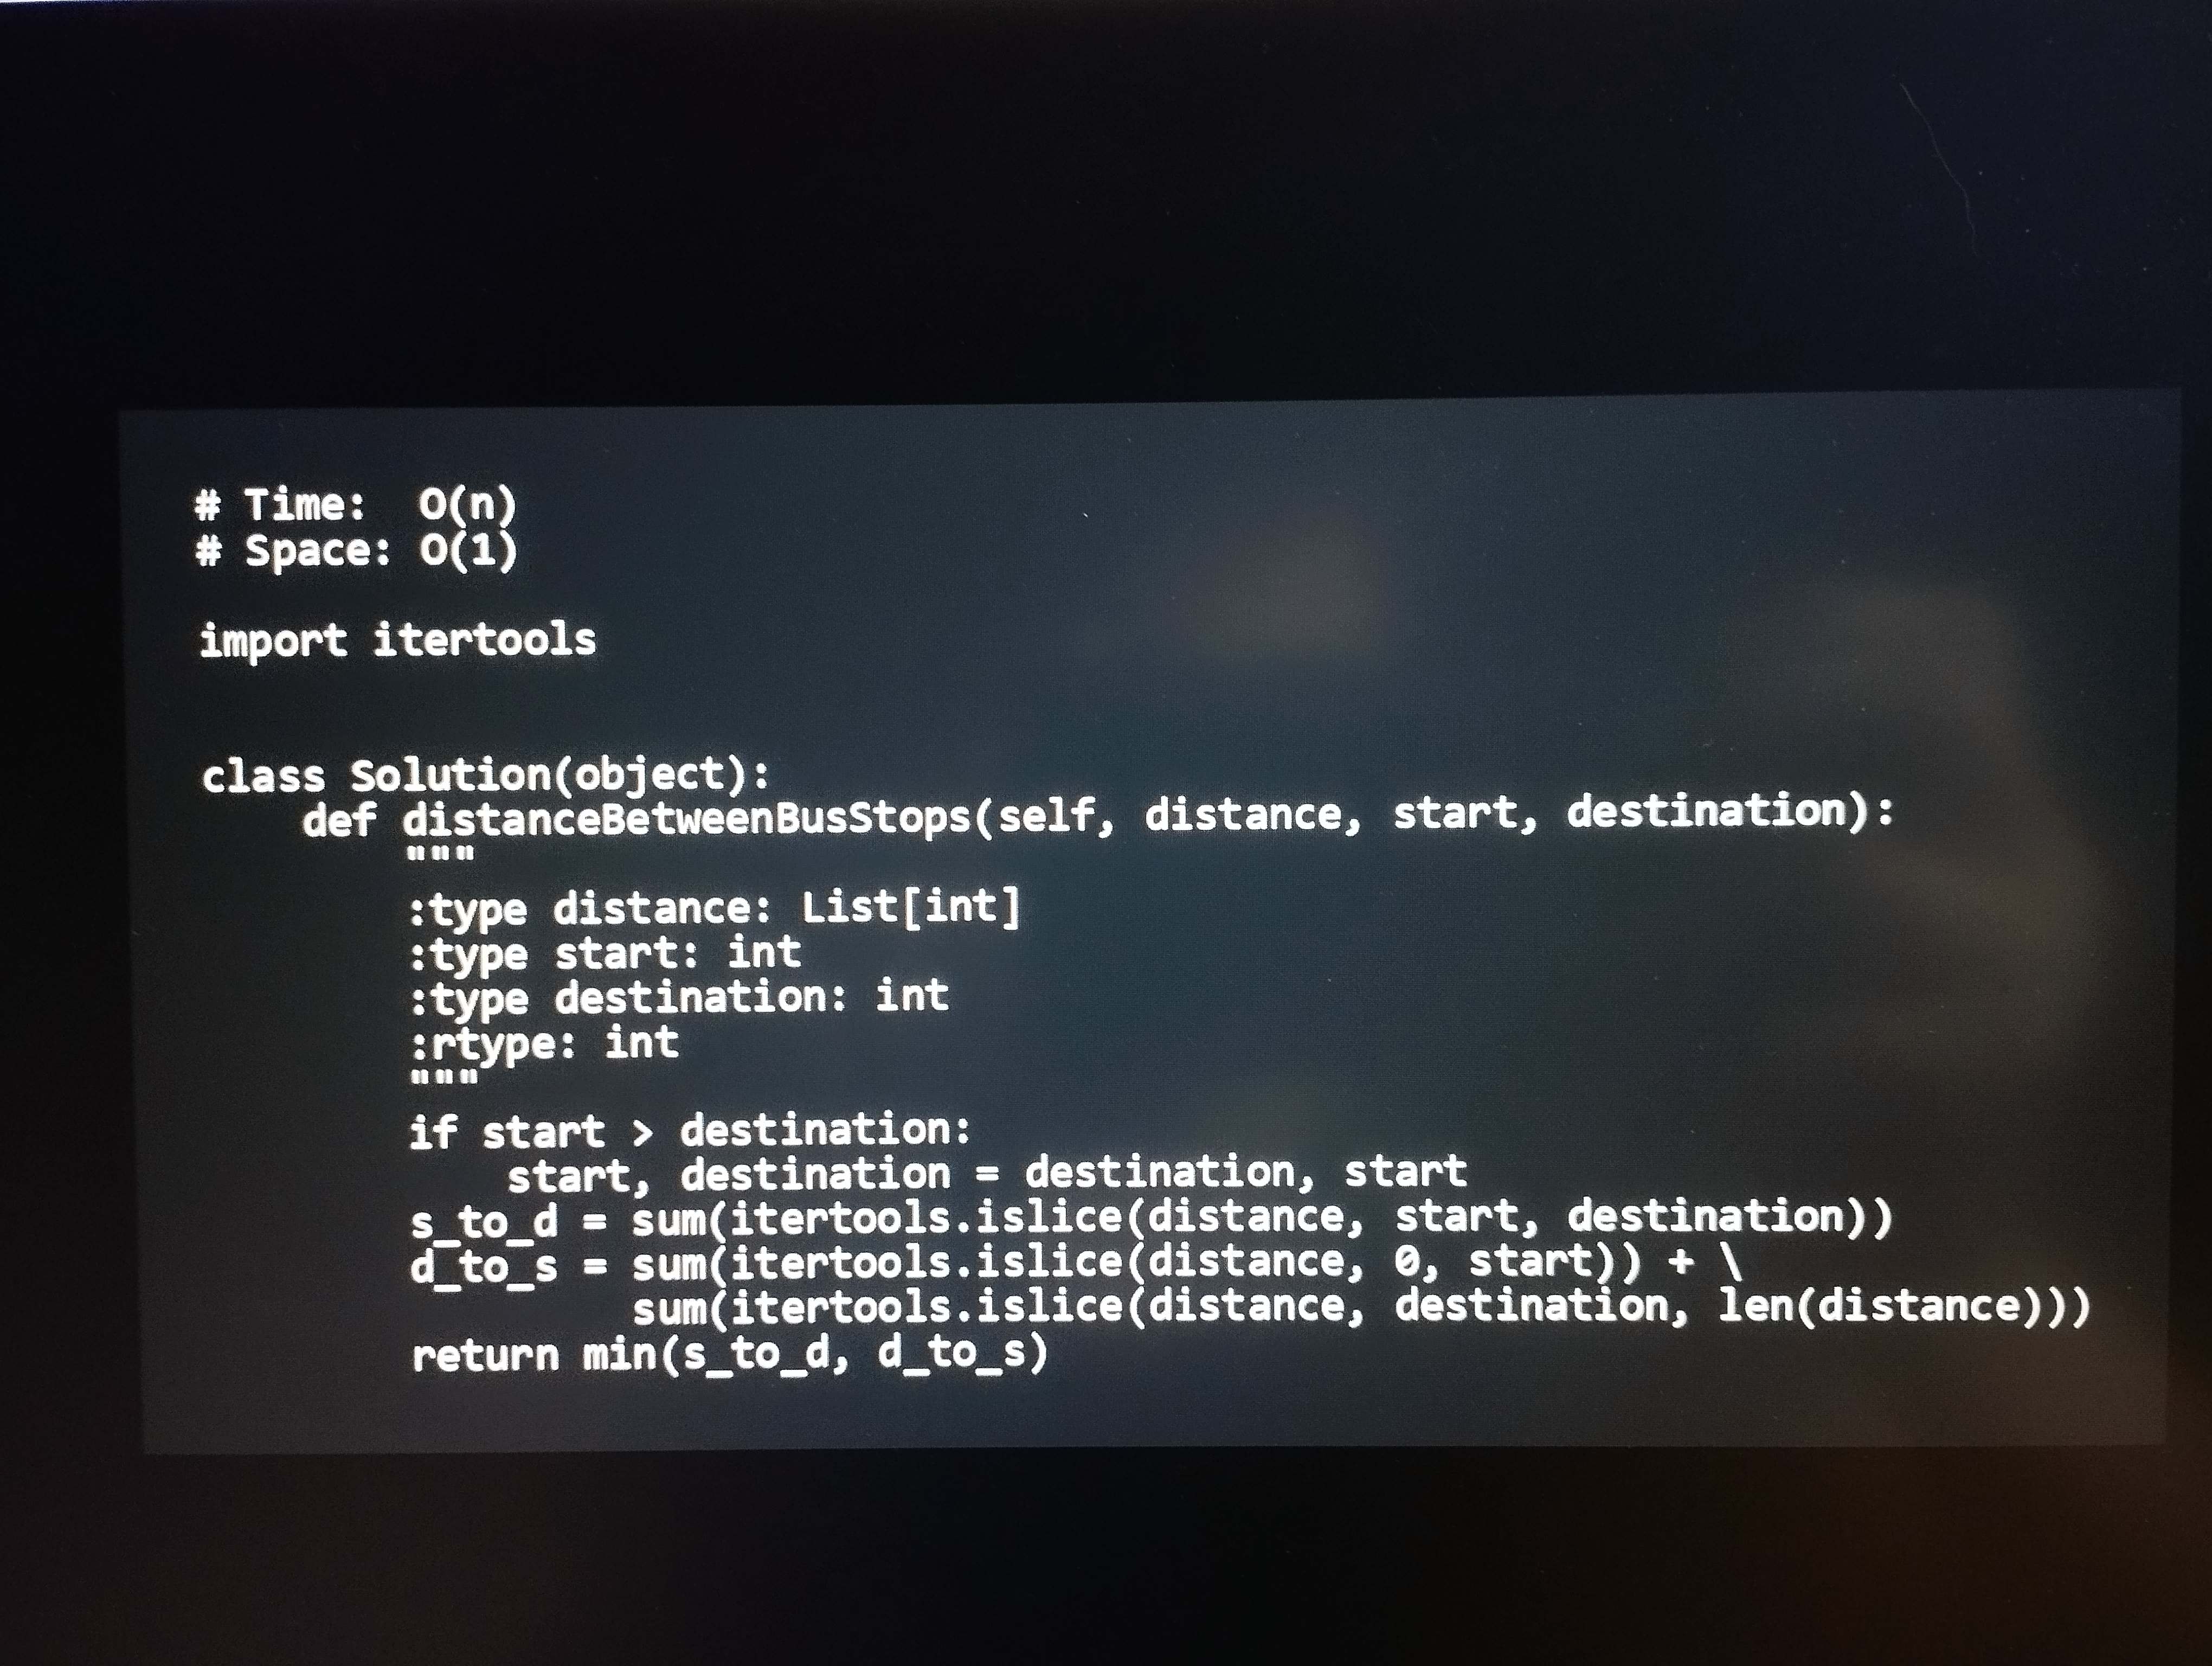
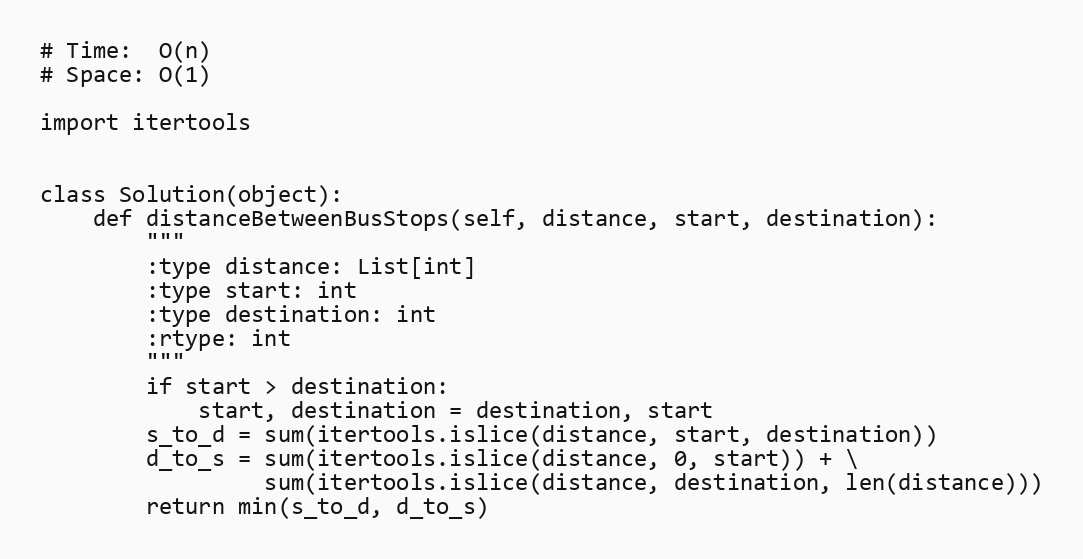
# Time:  O(n)
# Space: O(1)

import itertools

class Solution(object):
    def distanceBetweenBusStops(self, distance, start, destination):
        """
        :type distance: List[int]
        :type start: int
        :type destination: int
        :rtype: int
        """
        if start > destination:
            start, destination = destination, start
        s_to_d = sum(itertools.islice(distance, start, destination))
        d_to_s = sum(itertools.islice(distance, 0, start)) + \
                 sum(itertools.islice(distance, destination, len(distance)))
        return min(s_to_d, d_to_s)